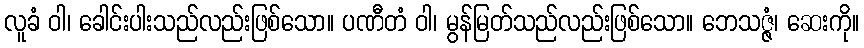
လူခံ ဝါ၊ ခေါင်းပါးသည်လည်းဖြစ်သော။ ပဏီတံ ဝါ၊ မွန်မြတ်သည်လည်းဖြစ်သော။ ဘေသဇ္ဇံ၊ ဆေးကို။